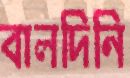
বালদিনি